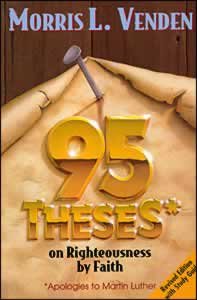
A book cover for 95 Theses on Righteousness by Faith [With Study Guide]; Morris L. Venden; Christian Books & Bibles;